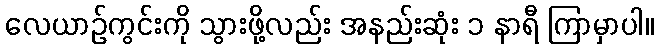
လေယာဉ်ကွင်းကို သွားဖို့လည်း အနည်းဆုံး ၁ နာရီ ကြာမှာပါ။